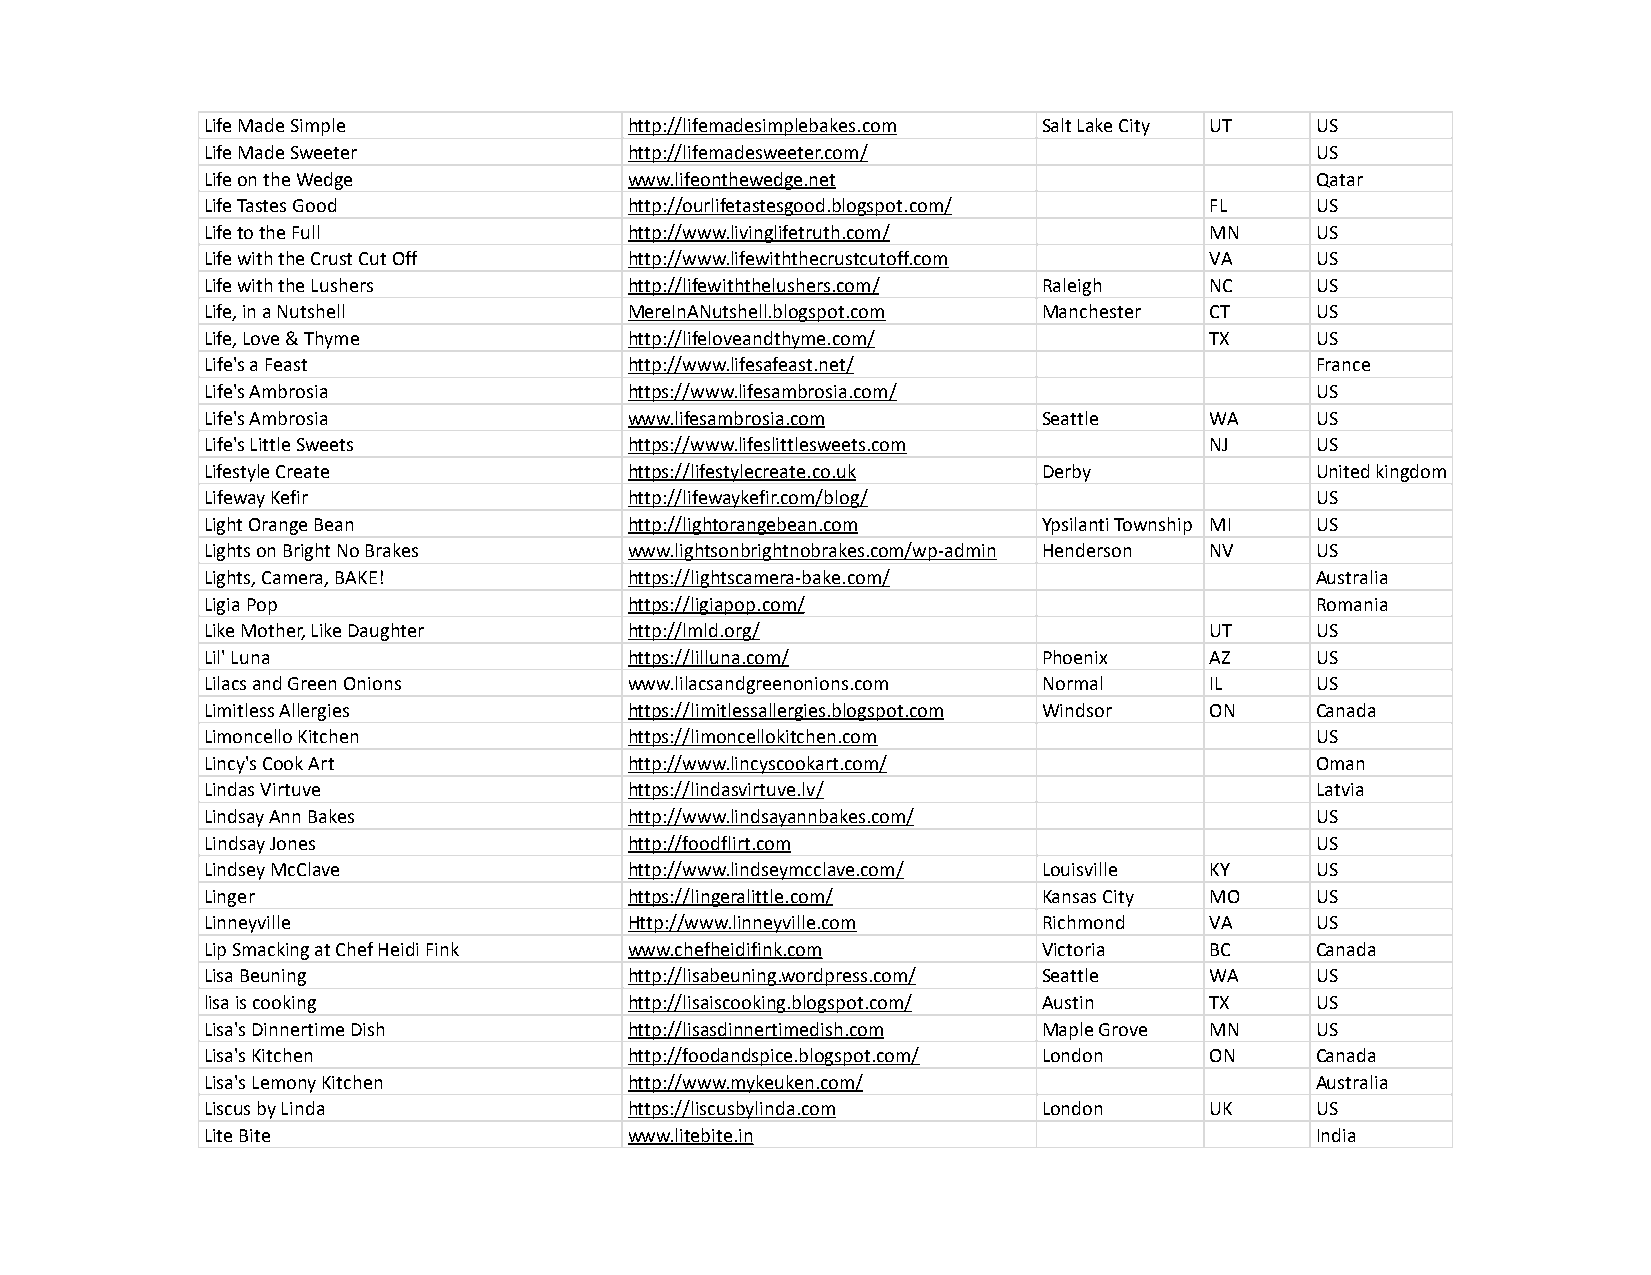
Life Made Simple            http://lifemadesimplebakes.com Salt Lake City UT US
 Life Made Sweeter           http://lifemadesweeter.com/                  US
 Life on the Wedge           www.lifeonthewedge.net                       Qatar
 Life Tastes Good            http://ourlifetastesgood.blogspot.com/ FL    US
 Life to the Full            http://www.livinglifetruth.com/       MN     US
 Life with the Crust Cut Off http://www.lifewiththecrustcutoff.com VA     US
 Life with the Lushers       http://lifewiththelushers.com/ Raleigh NC    US
 Life, in a Nutshell         MereInANutshell.blogspot.com Manchester CT   US
 Life, Love & Thyme          http://lifeloveandthyme.com/          TX     US
 Life's a Feast              http://www.lifesafeast.net/                  France
 Life's Ambrosia             https://www.lifesambrosia.com/               US
 Life's Ambrosia             www.lifesambrosia.com      Seattle    WA     US
 Life's Little Sweets        https://www.lifeslittlesweets.com     NJ     US
 Lifestyle Create            https://lifestylecreate.co.uk Derby          United kingdom
 Lifeway Kefir               http://lifewaykefir.com/blog/                US
 Light Orange Bean           http://lightorangebean.com Ypsilanti Township MI US
 Lights on Bright No Brakes  www.lightsonbrightnobrakes.com/wp-admin Henderson NV US
 Lights, Camera, BAKE!       https://lightscamera-bake.com/               Australia
 Ligia Pop                   https://ligiapop.com/                        Romania
 Like Mother, Like Daughter  http://lmld.org/                      UT     US
 Lil' Luna                   https://lilluna.com/       Phoenix    AZ     US
 Lilacs and Green Onions     www.lilacsandgreenonions.com Normal   IL     US
 Limitless Allergies         https://limitlessallergies.blogspot.com Windsor ON Canada
 Limoncello Kitchen          https://limoncellokitchen.com                US
 Lincy's Cook Art            http://www.lincyscookart.com/                Oman
 Lindas Virtuve              https://lindasvirtuve.lv/                    Latvia
 Lindsay Ann Bakes           http://www.lindsayannbakes.com/              US
 Lindsay Jones               http://foodflirt.com                         US
 Lindsey McClave             http://www.lindseymcclave.com/ Louisville KY US
 Linger                      https://lingeralittle.com/ Kansas City MO    US
 Linneyville                 Http://www.linneyville.com Richmond   VA     US
 Lip Smacking at Chef Heidi Fink www.chefheidifink.com  Victoria   BC     Canada
 Lisa Beuning                http://lisabeuning.wordpress.com/ Seattle WA US
 lisa is cooking             http://lisaiscooking.blogspot.com/ Austin TX US
 Lisa's Dinnertime Dish      http://lisasdinnertimedish.com Maple Grove MN US
 Lisa's Kitchen              http://foodandspice.blogspot.com/ London ON  Canada
 Lisa's Lemony Kitchen       http://www.mykeuken.com/                     Australia
 Liscus by Linda             https://liscusbylinda.com  London     UK     US
 Lite Bite                   www.litebite.in                              India